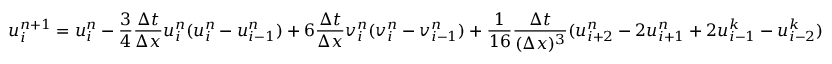
u _ { i } ^ { n + 1 } = u _ { i } ^ { n } - \frac { 3 } { 4 } \frac { \Delta t } { \Delta x } u _ { i } ^ { n } ( u _ { i } ^ { n } - u _ { i - 1 } ^ { n } ) + 6 \frac { \Delta t } { \Delta x } v _ { i } ^ { n } ( v _ { i } ^ { n } - v _ { i - 1 } ^ { n } ) + \frac { 1 } { 1 6 } \frac { \Delta t } { ( \Delta x ) ^ { 3 } } ( u _ { i + 2 } ^ { n } - 2 u _ { i + 1 } ^ { n } + 2 u _ { i - 1 } ^ { k } - u _ { i - 2 } ^ { k } )